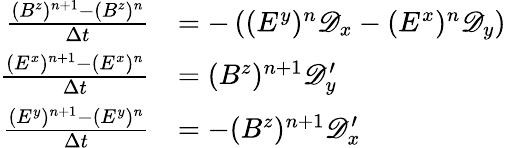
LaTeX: \begin{array}{rl}{\frac{(B^{z})^{n+1}-(B^{z})^{n}}{\Delta t}}&{=-\left((E^{y})^{n}\mathscr D_{x}-(E^{x})^{n}\mathscr D_{y}\right)}\\ {\frac{(E^{x})^{n+1}-(E^{x})^{n}}{\Delta t}}&{=(B^{z})^{n+1}\mathscr D_{y}^{\prime}}\\ {\frac{(E^{y})^{n+1}-(E^{y})^{n}}{\Delta t}}&{=-(B^{z})^{n+1}\mathscr D_{x}^{\prime}}\end{array}